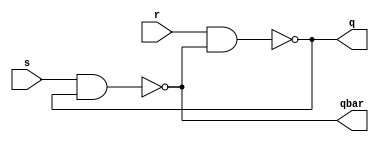
module srlatch (s,r, q, qbar);

input s,r;
output q,qbar;

assign q = ~(r & qbar);
assign qbar = ~(s & q);

endmodule